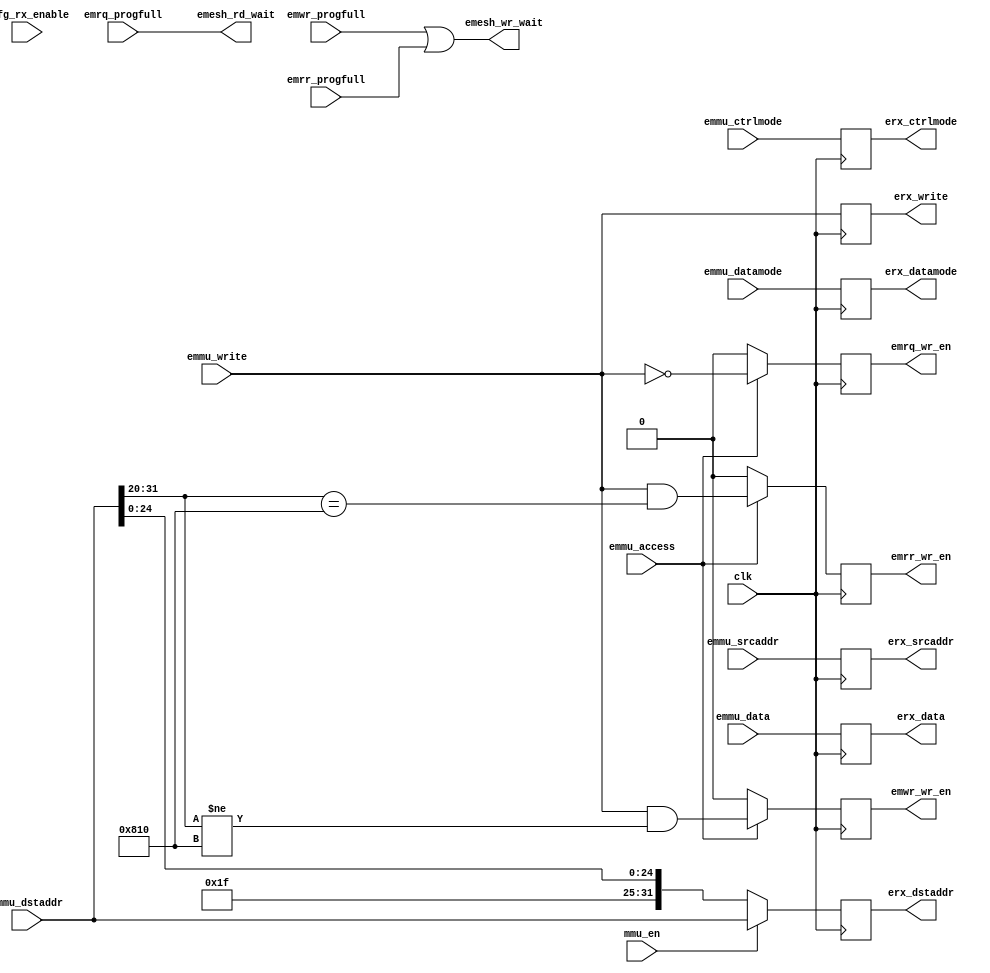
module erx_disty (
   emesh_rd_wait, emesh_wr_wait, emwr_wr_en, emrq_wr_en, emrr_wr_en,
   erx_write, erx_datamode, erx_ctrlmode, erx_dstaddr, erx_srcaddr,
   erx_data,
   clk, mmu_en, emmu_access, emmu_write, emmu_datamode, emmu_ctrlmode,
   emmu_dstaddr, emmu_srcaddr, emmu_data, emwr_progfull,
   emrq_progfull, emrr_progfull, ecfg_rx_enable
   );
   parameter [11:0]  C_READ_TAG_ADDR = 12'h810;
   parameter         C_REMAP_BITS    = 7;
   parameter [31:0]  C_REMAP_ADDR    = 32'h3E000000;
   input         clk;
   input 	 mmu_en;
   input          emmu_access;
   input          emmu_write;
   input [1:0]    emmu_datamode;
   input [3:0]    emmu_ctrlmode;
   input [31:0]   emmu_dstaddr;
   input [31:0]   emmu_srcaddr;
   input [31:0]   emmu_data;
   output         emesh_rd_wait;
   output         emesh_wr_wait;
   output         emwr_wr_en;
   input          emwr_progfull;
   output         emrq_wr_en;
   input          emrq_progfull;
   output         emrr_wr_en;
   input          emrr_progfull;
   output            erx_write;
   output [1:0]      erx_datamode;
   output [3:0]      erx_ctrlmode;
   output [31:0]     erx_dstaddr;
   output [31:0]     erx_srcaddr;
   output [31:0]     erx_data;
   input 	     ecfg_rx_enable;
   reg            erx_write;
   reg [1:0]      erx_datamode;
   reg [3:0]      erx_ctrlmode;
   reg [31:0]     erx_dstaddr;
   reg [31:0]     erx_srcaddr;
   reg [31:0]     erx_data;
   reg            emwr_wr_en;
   reg            emrq_wr_en;
   reg            emrr_wr_en;
   always @ (posedge clk) 
     begin
	erx_write          <= emmu_write;
        erx_datamode[1:0]  <= emmu_datamode[1:0];
        erx_ctrlmode[3:0]  <= emmu_ctrlmode[3:0];
        erx_dstaddr[31:0]  <= mmu_en ? emmu_dstaddr[31:0] : {C_REMAP_ADDR[31:(32-C_REMAP_BITS)], 
							    emmu_dstaddr[(31-C_REMAP_BITS):0]};
        erx_srcaddr[31:0]  <= emmu_srcaddr[31:0];
        erx_data[31:0]     <= emmu_data[31:0];
     end
   always @ (posedge clk) 
     if(emmu_access) 
       begin
	  emrq_wr_en <= ~emmu_write;
          emrr_wr_en <= emmu_write & (emmu_dstaddr[31:20] == C_READ_TAG_ADDR);
          emwr_wr_en <= emmu_write & (emmu_dstaddr[31:20] != C_READ_TAG_ADDR);
       end
     else
       begin
	  emrq_wr_en  <= 1'b0;
	  emrr_wr_en  <= 1'b0;
	  emwr_wr_en  <= 1'b0;	  
       end
   assign        emesh_rd_wait = emrq_progfull;
   assign        emesh_wr_wait = emwr_progfull | emrr_progfull;
endmodule